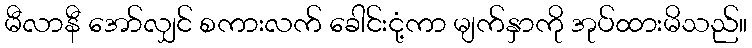
မီလာနီ အော်လျှင် စကားလက် ခေါင်းငုံ့ကာ မျက်နှာကို အုပ်ထားမိသည်။